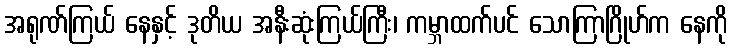
အရုဏ်ကြယ် နေနှင့် ဒုတိယ အနီးဆုံးကြယ်ကြီး၊ ကမ္ဘာထက်ပင် သောကြာဂြိုဟ်က နေကို